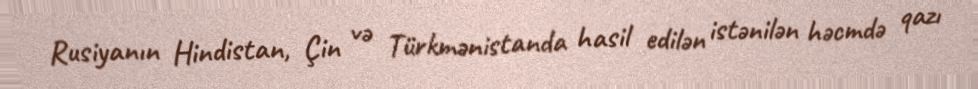
Rusiyanın Hindistan, Çin və Türkmənistanda hasil edilən istənilən həcmdə qazı